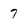
Character: 7